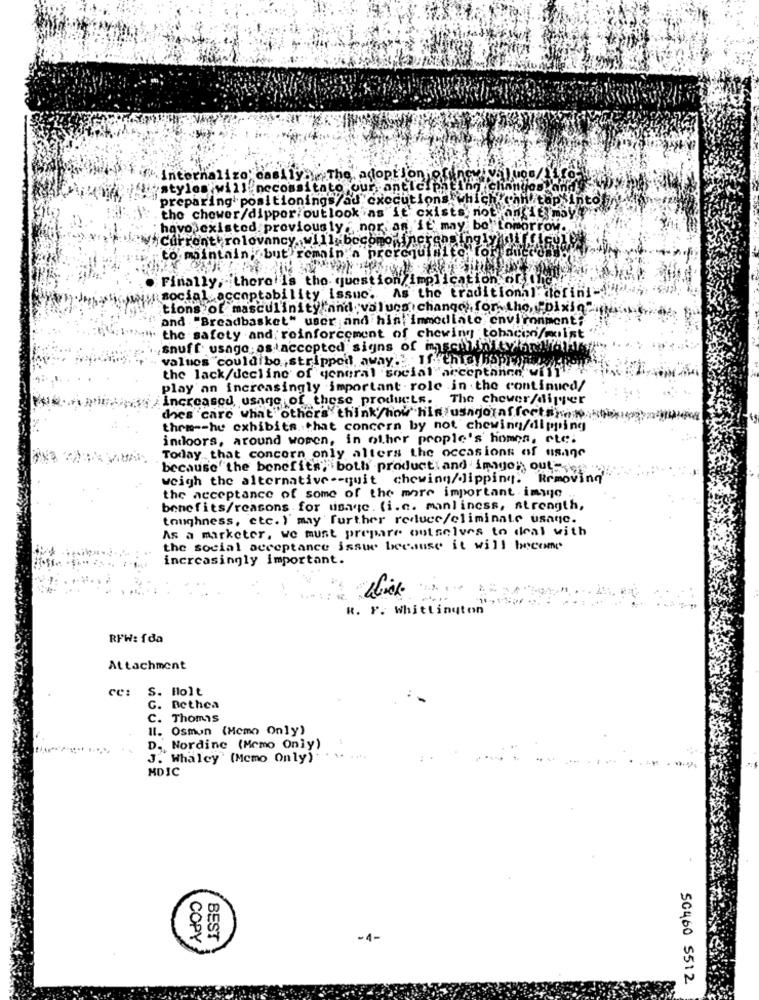
" internaliz
19 : The adopt loni
stylos will necessitato our anticipating ich
preparing positionings/ad executions which
into
the chower/dipper outlook as"it exists not
" havo existed previously ; nor an it' may. bol
Current rolovancy will becomo increasing!
to maintain, but remain a prerequisite
"ťol
Finally, there is the question implication of
is social acceptability issue. As the traditional: defini -. . ..
tions of masculinity and values change , for the, "Dixins
and "Breadbasket" user and hin, immediate environment;
the safety and: reinforcement of chewing tobacon/moist
snuff usage:as accepted signs of masculinity hn !!
values couldibo, strippen away ? Ifthis ppy
the lack/decline of general social acceptanen wil""
play'an increasingly important role in the continued/
increased, usage of these products.
The chever/digger
thes care what others think' how him/usagoiaffectsthe
then -- he exhibits that concern by not chewing/dipping
indoors, around women, in other people's homes, ete;
Today that concern only alters the occasions of usage
because the benefits, both product and imago" out-
weigh the alternative -- quit chewing/dipping. Removing'
the acceptance of some of the more important imyje
benefits/reasons for usage. (i.e. manliness, strength,
toughness, etc. ) may further reduce/eliminate usage.
As a marketer, we must prepare outselves to deal with
the social acceptance issue because it will become
increasingly important.
R. F. Whittington
RPW: {da
Attachment
cc: S. Holt
. Bethea
. Thomas
Il. Osmon (Memo Only)
D. Nordine (Memo Only)
J. Whaley' (Mcmo Only)
MDIC
0
COPY
BEST
-1-
SC460 5512